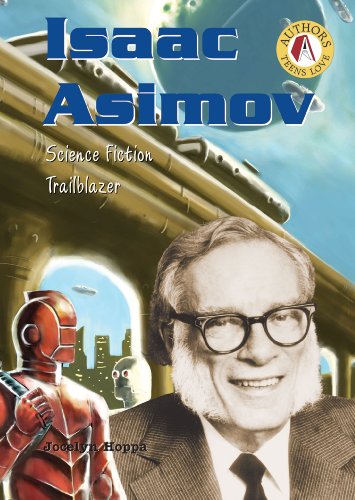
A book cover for Isaac Asimov: Science Fiction Trailblazer (Authors Teens Love); Jocelyn Hoppa; Science Fiction & Fantasy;